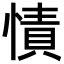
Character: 㥽